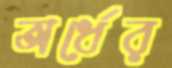
অর্ধের